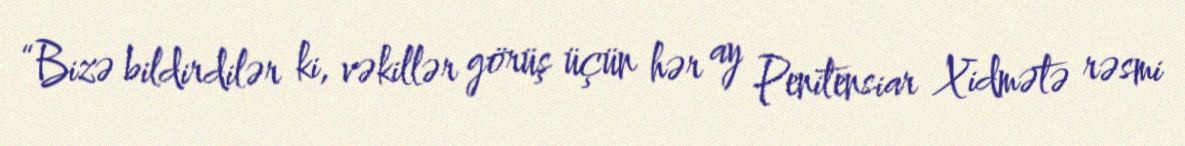
“Bizə bildirdilər ki, vəkillər görüş üçün hər ay Penitensiar Xidmətə rəsmi